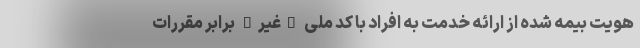
هویت بیمه شده از ارائه خدمت به افراد با کد ملی "غیر" برابر مقررات